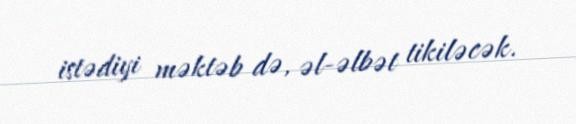
istədiyi məktəb də, əl-əlbət tikiləcək.